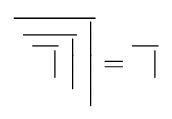
{\overline {\ {\overline {\ {\overline {\ \ |}}\ {\Big |}}}\ {\Bigg |}}}={\overline {\ \ |}}